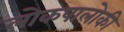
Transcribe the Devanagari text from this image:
लोकपालोकी